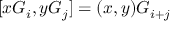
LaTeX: [ x G _ { i } , y G _ { j } ] = ( x , y ) G _ { i + j }